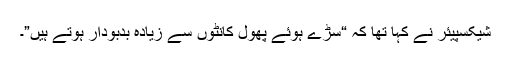
شیکسپیئر نے کہا تھا کہ “سڑے ہوئے پھول کانٹوں سے زیادہ بدبودار ہوتے ہیں”۔